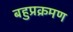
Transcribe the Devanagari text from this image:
बहुप्रक्रमण